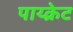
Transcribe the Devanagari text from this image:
पाय्क्रेट